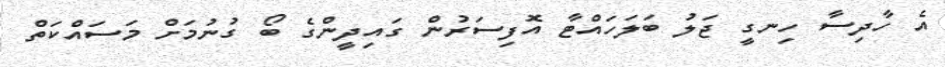
އެ ހާދިސާ ހިނގީ ޖަލު ބަލަހައްޓާ އޮފިސަރުން ގައިދީންގެ ބޯ ގުނުމަށް މަސައްކަތް